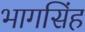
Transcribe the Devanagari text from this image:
भागसिंह